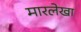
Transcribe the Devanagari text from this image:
मारलेखा